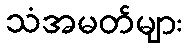
သံအမတ်များ